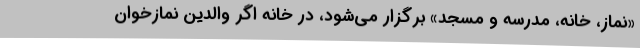
«نماز، خانه، مدرسه و مسجد» برگزار می‌شود، در خانه اگر والدین نمازخوان